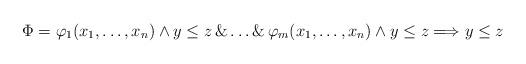
LaTeX: \begin{align*}\Phi = \varphi_1(x_1, \dots, x_n) \land y \leq z \, \& \dots \& \, \varphi_m(x_1, \dots, x_n) \land y \leq z \Longrightarrow y \leq z\end{align*}